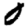
Digit: 0